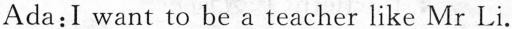
Ada: I want to be a teacher like Mr Li.